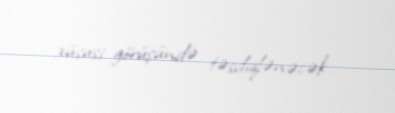
xüsusi görüşündə təsdiqlənəcək.